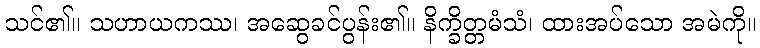
သင်၏။ သဟာယကဿ၊ အဆွေခင်ပွန်း၏။ နိက္ခိတ္တမံသံ၊ ထားအပ်သော အမဲကို။